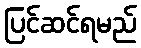
ပြင်ဆင်ရမည်